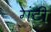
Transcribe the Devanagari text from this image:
गंटी